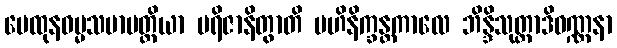
မေထုနဓမ္မသမာပတ္တိယာ ပရိဇာနိတွာတိ ဗဟိနိက္ခန္တကာလေ ဘိန္ဒိသုတ္တာဒိဝဏ္ဏနာ